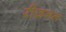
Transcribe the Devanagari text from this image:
रीज़नल